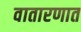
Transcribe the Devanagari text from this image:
वातारणात